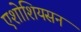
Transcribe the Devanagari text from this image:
एशोशियसन